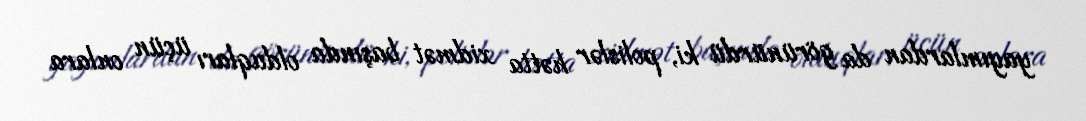
yayımlardan da görünürdü ki, polislər hətta xidmət başında olduqları üçün onlara